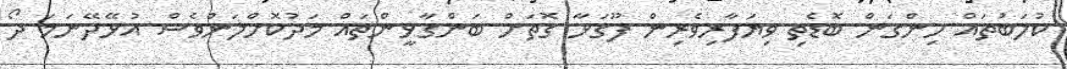
ކުލަބުތައް ހިންގަން ބޮޑެތި ވިޔަފާރިވެރިން ފޫގަޅާ ގޮތަށް ބަންގާޅީންތައް މަދުކޮށްލަންވެސް އުޅޭދޭނަމަ ދޯ